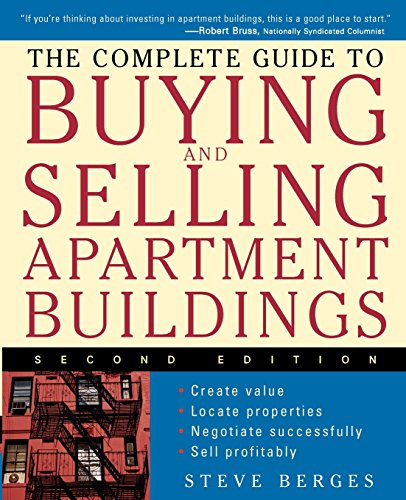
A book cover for The Complete Guide to Buying and Selling Apartment Buildings; Steve Berges; Business & Money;